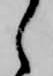
ら